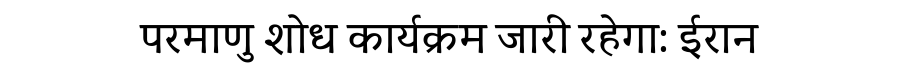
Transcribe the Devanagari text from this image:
परमाणु शोध कार्यक्रम जारी रहेगा: ईरान